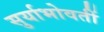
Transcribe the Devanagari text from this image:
सुर्याभोवतीं